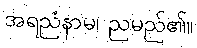
အရညံနာမ၊ ညမည်၏။